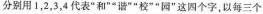
分别用1，2，3，4 代表”和”*谐””校””园”这四个字，以每三个